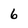
Character: 6